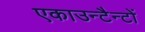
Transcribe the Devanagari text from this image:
एकाउन्टैन्टों